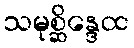
သမုစ္ဆိန္ဒေထ